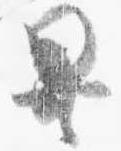
異